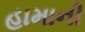
હામાની